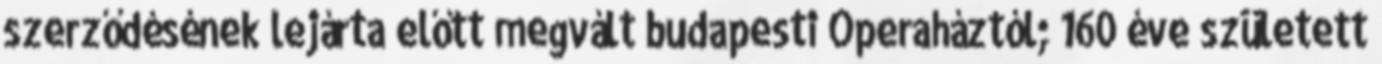
szerződésének lejárta előtt megvált budapesti Operaháztól; 160 éve született